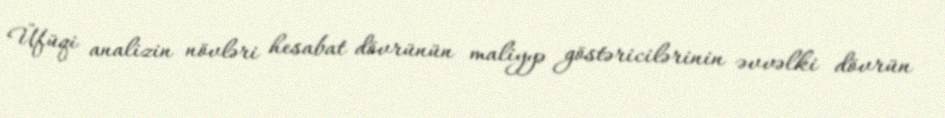
Üfüqi analizin növləri hesabat dövrünün maliyyə göstəricilərinin əvvəlki dövrün